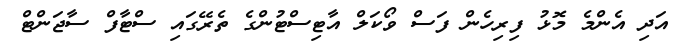
އަދި އެންމެ މޮޅު ފިރިހެން ފަސް ވޯކަލް އާޓިސްޓުންގެ ތެރޭގައި ސްޓާފް ސާޖަންޓް